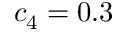
c _ { 4 } = 0 . 3